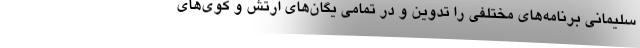
سلیمانی برنامه‌های مختلفی را تدوین و در تمامی یگان‌های ارتش و کوی‌های